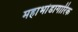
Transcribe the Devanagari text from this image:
महाभांडागारिक